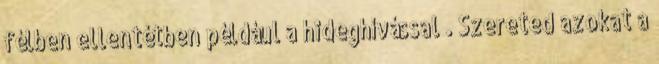
félben ellentétben például a hideghívással . Szereted azokat a